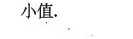
小值。